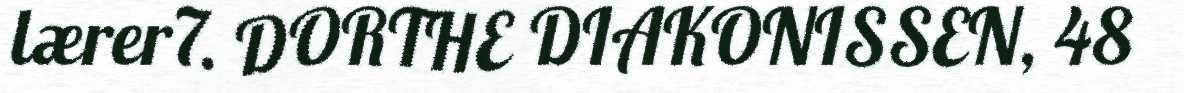
lærer7. DORTHE DIAKONISSEN, 48